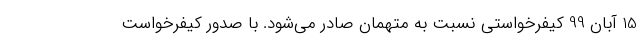
15 آبان 99 کیفرخواستی نسبت به متهمان صادر می‌شود. با صدور کیفرخواست